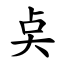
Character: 奌